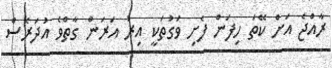
ރާއްޖެ އަށް ކޭތަ ހިފަން ފެށި ވަގުތަކީ އިރު އަރަން ގާތްވެ އުދަރެސް